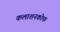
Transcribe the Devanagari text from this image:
कलाशनकोफ